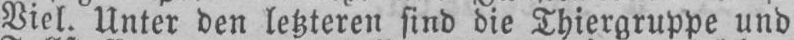
Viel. Unter den letzteren sind die Thiergruppe und